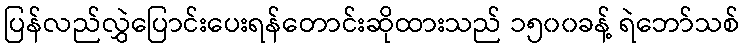
ပြန်လည်လွှဲပြောင်းပေးရန်တောင်းဆိုထားသည် ၁၅၀၀ခန့် ရဲဘော်သစ်